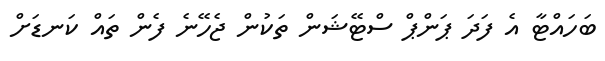
ބަހައްޓާ އެ ފަދަ ޕަންޕް ސްޓޭޝަން ތަކުން ޖެހޭނެ ފެން ތައް ކަނޑަށް